Triennial report on the lunatic asylums in the province of Eastern Bengal and Assam - 1903-1911
Year: 1903
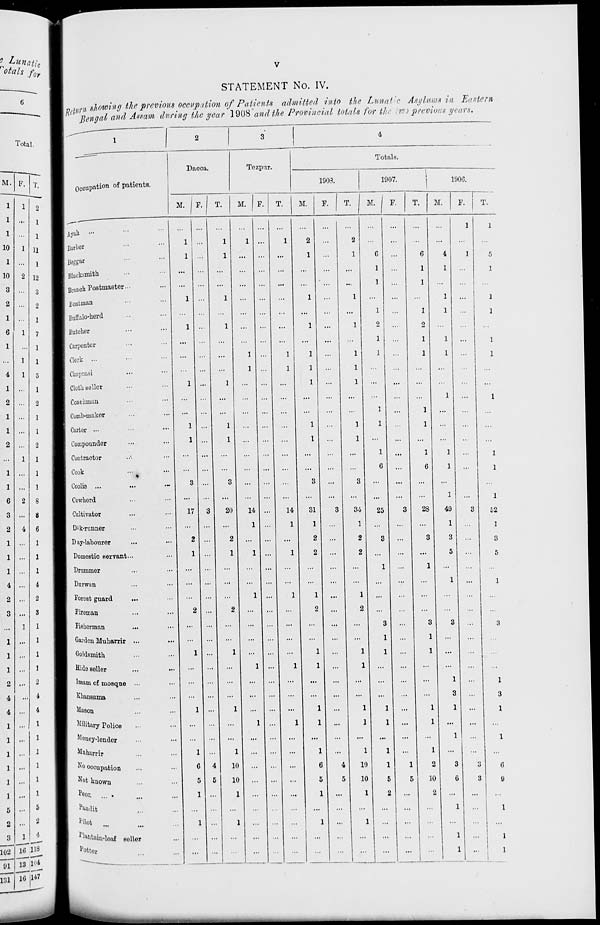
v
STATEMENT No. IV.
Return showing the previous occupation of Patients admitted into the Lunatic Asylams in Eastern
Bengal and Assam during the year 1908 and the Provincial totals for the two previous years.
1
Occupation of patients.
Ayah ... ... ...
Barber ... ...
Beggar ... ...
Blacksmith ... ...
Branch Postmaster ... ...
Boatman ... ...
Buffalo-herd ... ...
Butcher ... ...
Carpenter ... ...
Clerk ... ... ...
Chaprasi ... ...
Cloth seller ... ...
Coachman ... ...
Comb-maker ... ...
Carter ... ... ...
Compounder ... ...
Contractor ... ...
Cook ... ...
Coolie ... ... ...
Cowherd ... ...
Cultivator ... ...
Dâk-runner ... ...
Day-labourer ... ...
Domestic servant... ...
Drummer ... ...
Durwan ... ...
Forest guard ... ...
Fireman ... ...
Fisherman ... ...
Garden Muharrir ... ...
Goldsmith ... ...
Hide Beller ... ...
Imam of mosque ... ...
Khansama ... ...
Mason ... ...
Military Police ... ...
Money-lender ... ...
Muharrir ... ...
No occupation ... ...
Not known ... ...
Peon. ... ... ...
Pandit ... ...
Pilot ... ... ...
Plantain-leaf seller ...
Potter ...
2
Dacca.
M.
...
1
1
...
...
1
...
1
...
...
...
1
...
...
1
1
...
...
3
...
17
...
2
1
...
...
...
2
...
...
1
...
...
...
1
...
...
1
6
5
1
...
1
...
...
F.
...
...
...
...
...
...
...
...
...
...
...
...
...
...
...
...
...
...
...
3
...
...
...
...
...
...
...
...
...
...
...
...
...
...
...
...
...
4
5
...
...
...
...
...
T.
...
1
1
...
...
1
...
1
...
...
...
1
...
...
1
1
...
...
3
...
20
...
2
1
...
...
...
2
...
...
1
...
...
...
1
...
...
1
10
10
1
...
1
...
...
3
Tezpur.
M.
...
1
...
...
...
...
...
...
...
1
1
...
...
...
...
...
...
...
...
...
14
1
...
1
...
...
1
...
...
...
...
1
...
...
...
1
...
...
...
...
...
...
...
...
...
F.
...
...
...
...
...
...
...
...
...
...
...
...
...
...
...
...
...
...
...
...
...
...
...
...
...
...
...
...
...
...
...
...
...
...
...
...
...
...
...
...
...
...
...
...
T.
...
1
...
...
...
...
...
...
...
1
1
...
...
...
...
...
...
...
...
...
14
1
...
1
...
...
1
...
...
...
...
1
...
...
...
1
...
...
...
...
...
...
...
...
...
4
Totals.
1908.
M.
...
2
1
...
...
1
...
1
...
1
1
1
...
...
1
1
...
...
3
...
31
1
2
2
...
...
1
2
...
...
1
1
...
...
1
1
...
1
6
5
1
...
1
...
...
F.
...
...
...
...
...
...
...
...
...
...
...
...
...
...
...
...
...
...
...
...
3
...
...
...
...
...
...
...
...
...
...
...
...
...
...
...
...
...
4
5
...
...
...
...
...
T.
...
2
1
...
...
1
...
1
...
1
1
1
...
...
1
1
...
...
3
...
34
1
2
2
...
...
1
2
...
...
1
1
...
...
1
1
...
1
10
10
1
...
1
...
...
1907.
M.
...
...
6
1
1
...
1
2
1
1
...
...
...
1
1
...
1
6
...
...
25
...
3
...
1
...
...
...
3
1
1
...
...
...
1
1
...
1
1
5
2
...
...
...
...
F.
...
...
...
...
...
...
...
...
...
...
...
...
...
...
...
...
...
...
...
...
3
...
...
...
...
...
...
...
...
...
...
...
...
...
...
...
...
...
1
5
...
...
...
...
...
T.
...
...
6
1
1
...
1
2
1
1
...
...
...
1
1
...
1
6
...
...
28
...
3
...
1
...
...
...
3
1
1
...
...
...
1
1
...
1
2
10
2
...
...
...
...
1906.
M.
...
...
4
1
...
1
1
...
1
1
...
...
1
...
...
...
1
1
...
1
49
1
3
5
...
1
...
...
3
...
...
...
1
3
1
...
1
...
3
6
...
1
...
1
1
F.
1
...
1
...
...
...
...
...
...
...
...
...
...
...
...
...
...
...
...
...
3
...
...
...
...
...
...
...
...
...
...
...
...
...
...
...
...
...
3
3
...
...
...
...
...
T.
1
...
5
1
...
1
1
...
1
1
...
...
1
...
...
...
1
1
...
1
52
1
3
5
...
1
...
...
3
...
...
...
1
3
1
...
1
...
6
9
...
1
...
1
1